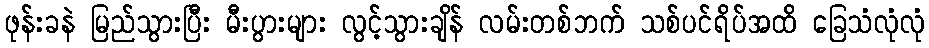
ဖုန်းခနဲ မြည်သွားပြီး မီးပွားများ လွင့်သွားချိန် လမ်းတစ်ဘက် သစ်ပင်ရိပ်အထိ ခြေသံလုံလုံ